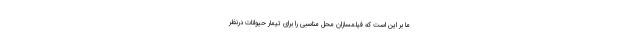
ما بر این است که فیلمسازان محل مناسبی را برای تیمار حیوانات درنظر